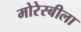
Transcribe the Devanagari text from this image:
मोरेस्बीला